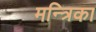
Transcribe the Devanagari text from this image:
मन्त्रिका